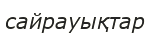
сайрауықтар